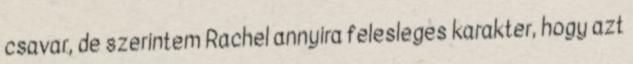
csavar, de szerintem Rachel annyira felesleges karakter, hogy azt